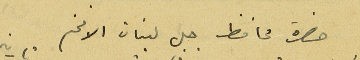
حضرة محافظ جبل لبنان الافخم